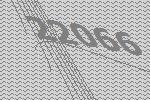
22066